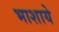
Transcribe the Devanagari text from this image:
भाशाये